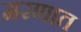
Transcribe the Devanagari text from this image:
मरणात